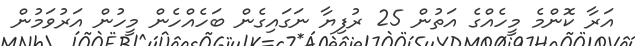
އަރާ ކޮންމެ މީހެއްގެ އަތުން 25 ރުފިޔާ ނަގައިގެން ބަހެއްހެން މީހުން އަރުވަމުން